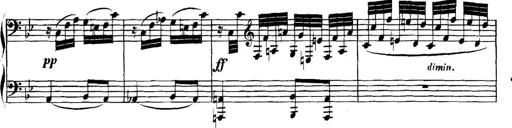
Title: Collected Piano Sonatas
Composer: Muzio Clementi